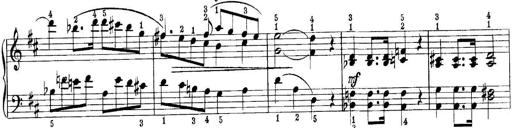
Title: Quatres sonatines
Composer: Tadeusz Joteyko